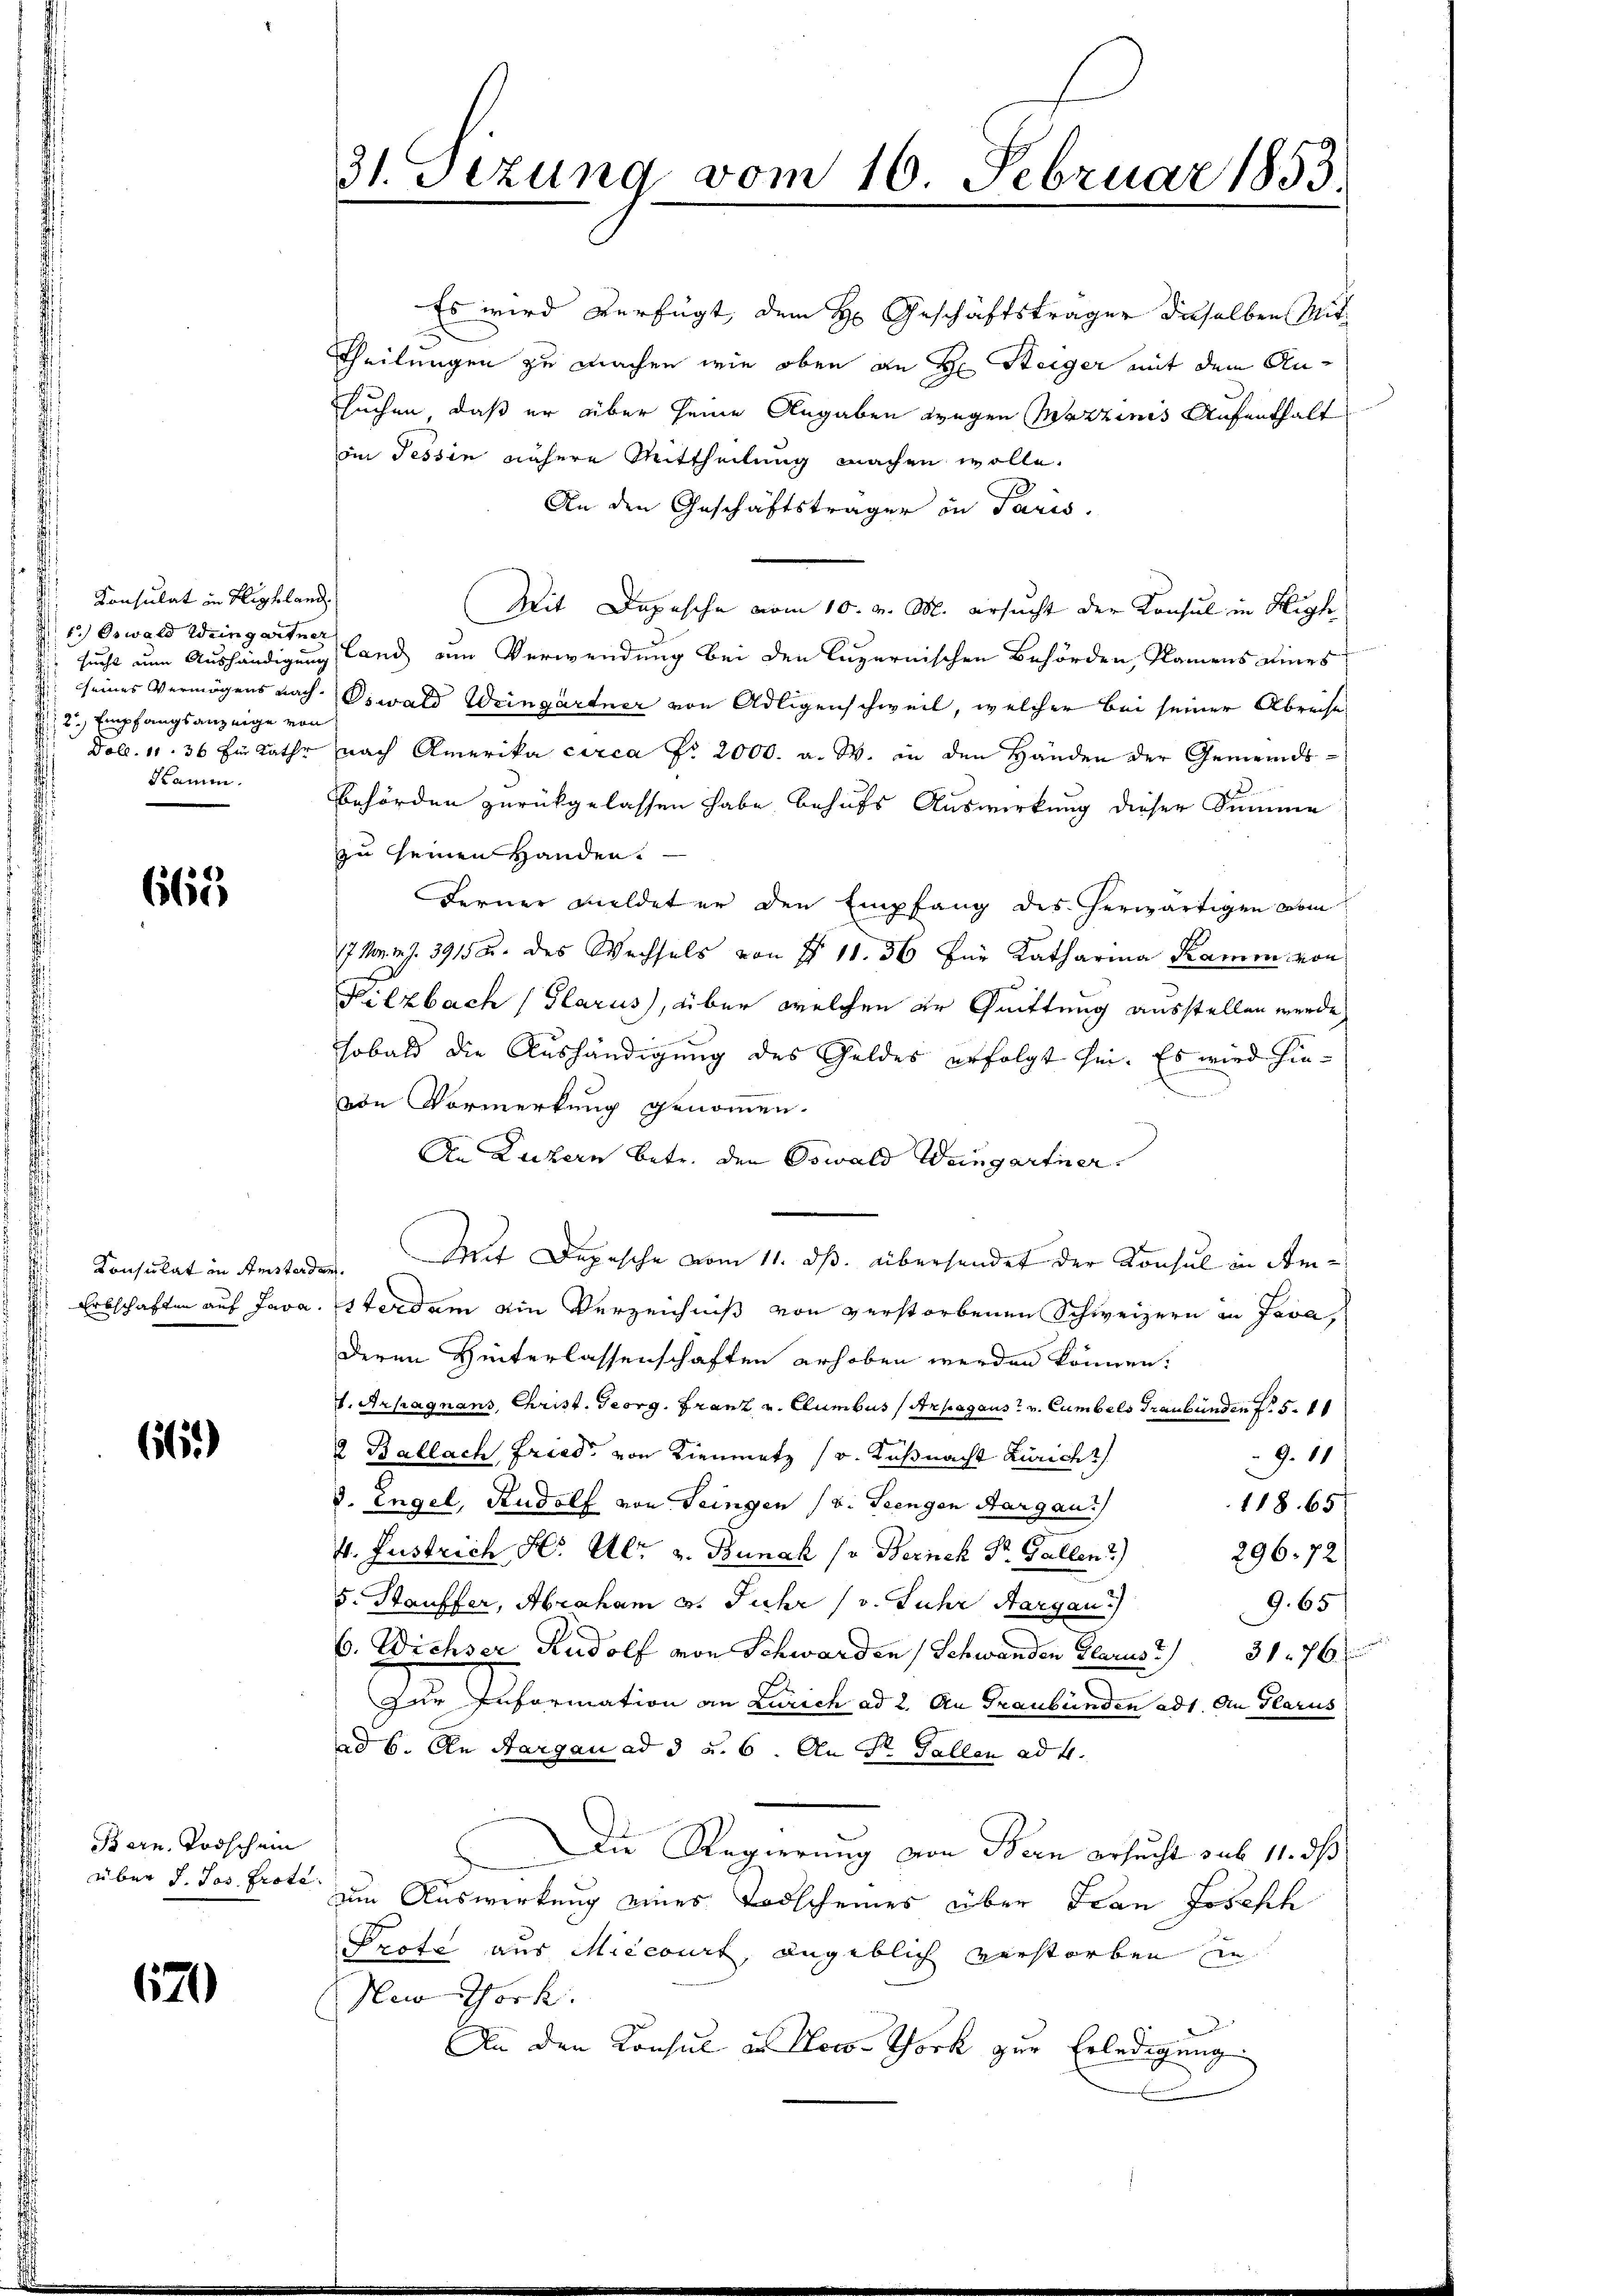
Konsulat in Highland.
1.) Oswald Weingartner
23.) Empfangsanzeige von
.
Klamm.

665

Konsulat in Amster des

66)

Born. Todschein
über d. Jos Prote.

670)

31. Sezung vom 16. Februar 1853.

suchen, daß er über seine Angaben wegen Wazzinis Aufenthalt
oin Tessin nähere Mittheilung machen wolle.
An den Geschäftsträger in Paris.
Mit Depesche vom 10. v. M. ersucht der Konsul in High
s. sucht um Aushändigung (land zum Verwendung bei den luzernischen Behörden, Namens eines
seines Vermögens nach Oswald Weingärtner von Adligenschweil, welcher bei seiner Abreche
Dol. 11. 36 Ein Rathe nach Amerika circa fr 2000. a. W. in den Händen der Gemeinds¬
Behörden zurückgelassen habe, behufs Auswirkung dieser Summe
zu seinen Handen.
Ferner meldet er den Empfang des herwärtigen vom
7 Mn. 27. 3915 u. des Wechsels von § 11. 56 für Katharina Kamm von
Kilzbach (Glarus, über welchen er Quittung ausstellen werde,
hobald die Aushändigung des Geldes erfolgt sei. Es wird hind
von Vormerkung genommen.
An Luzern betr. den Oswald Weingartner.
Mit Depesche vom 11. ds. übersendet der Konsul in Am¬
Erbschaften auf Java. Esterdam ein Verzeichniß von verstorbenen Schweizern in Java,
deren Hinterlassenschaften erhoben werden können.
1. Appagnans, Christ. Georg. Franz v. Clumbus (Arpagaus v. Cumbels Graubünden N. 5. 10
2 Ballach, Fried, von Lienmetz (v. Küßnacht Züricht
9. 11
d. Engel, Rudolf von Seingen (v. Teengen Aargau
118. 65
4. Justrich Hr. Al. v. Bunak sr Zürich Dr. Gallen?)
296. 72
5. Stauffer, Abraham 3. Jahr (v. Jahr Aargau
9. 65
6. Wichser Rudolf von Schwarden (Schwanden Glarus 176 x
zur Information an Zürich ad 2. An Graubünden ad 1. An Glarus
ad 6. An Aargau ad 3 u. 6. An St. Gallen ad 4.
Die Regierung von Bern ersucht sub 11. ds
um Auswirkung eines Todscheines über Ivan Josesch
Profe aus Miecourt, angeblich verstorben in
New York
An den Konsul in loco Chork zur Erledigung

Es wird verfügt, dem H. Geschäftsträger dieselben Mit¬
Theilungen zu machen wie oben an den Steiger mit dem An¬